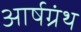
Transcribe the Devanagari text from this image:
आर्षग्रंथ